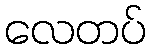
လေတပ်